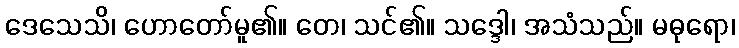
ဒေသေသိ၊ ဟောတော်မူ၏။ တေ၊ သင်၏။ သဒ္ဒေါ၊ အသံသည်။ မဓုရော၊